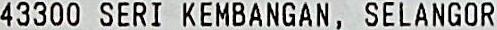
43300 SERI KEMBANGAN, SELANGOR